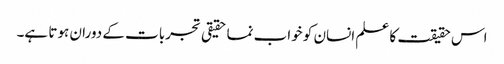
اس حقیقت کا علم انسان کو خواب نما حقیقی تجربات کے دوران ہوتا ہے۔